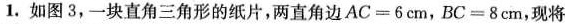
1.如图3，一块直角三角形的纸片，两直角边$$A C = 6 c m$$，$$B C = 8 c m$$，现将